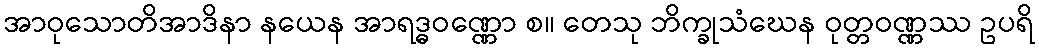
အာဝုသောတိအာဒိနာ နယေန အာရဒ္ဓဝဏ္ဏော စ။ တေသု ဘိက္ခုသံဃေန ဝုတ္တဝဏ္ဏဿ ဥပရိ